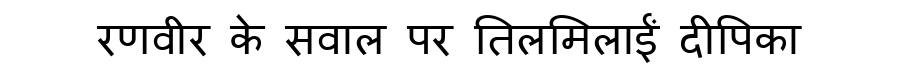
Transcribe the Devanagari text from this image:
रणवीर के सवाल पर तिलमिलाईं दीपिका